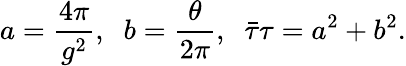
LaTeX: a=\frac{4\pi}{g^{2}},\; \; b=\frac{\theta}{2\pi},\; \; \bar{\tau}\tau=a^{2}+b^{2}.